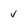
Character: v